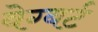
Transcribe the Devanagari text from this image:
वेग्बर्ट